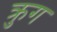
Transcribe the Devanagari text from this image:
क्रुग